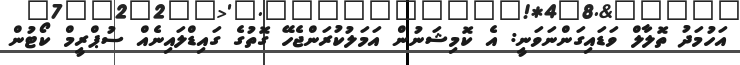
އަހުމަދު ތޮލާލް ވަޑައިގަންނަވަނީ: އެ ކޮމިޝަނުން އަމަލުކުރަންޖެހޭ ގޮތުގެ ގައިޑްލައިނެއް ސުޕްރީމް ކޯޓުން